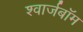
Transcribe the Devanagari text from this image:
श्वार्जबॉम